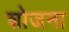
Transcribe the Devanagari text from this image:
शोजना